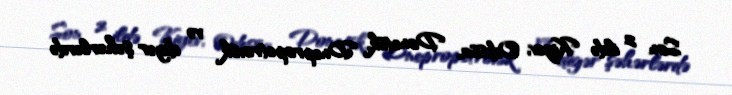
Son 2 ildə Kiyev, Odessa, Donetsk, Dnepropetrovsk və digər şəhərlərdə